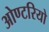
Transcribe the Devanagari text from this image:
ओण्टरियो